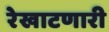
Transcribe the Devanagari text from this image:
रेखाटणारी